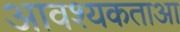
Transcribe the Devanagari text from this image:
आवश्यकताआ